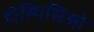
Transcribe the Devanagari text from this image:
होस्पिसिओ